Indian Civil Veterinary Department memoirs
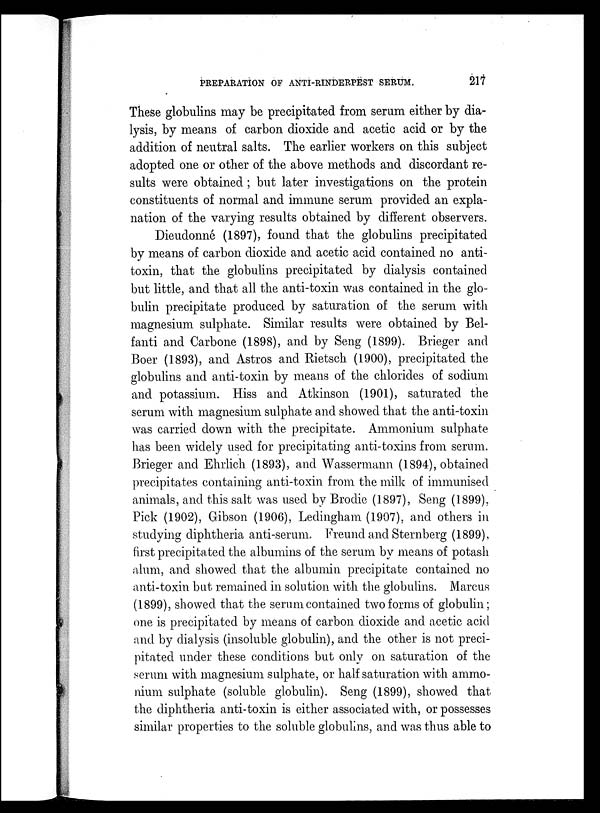
PREPARATION OF ANTI-RINDERPEST SERUM.
217
These globulins may be precipitated from serum either by dia-
lysis, by means of carbon dioxide and acetic acid or by the
addition of neutral salts. The earlier workers on this subject
adopted one or other of the above methods and discordant re-
sults were obtained; but later investigations on the protein
constituents of normal and immune serum provided an expla-
nation of the varying results obtained by different observers.
Dieudonné (1897), found that the globulins precipitated
by means of carbon dioxide and acetic acid contained no anti-
toxin, that the globulins precipitated by dialysis contained
but little, and that all the anti-toxin was contained in the glo-
bulin precipitate produced by saturation of the serum with
magnesium sulphate. Similar results were obtained by Bel-
fanti and Carbone (1898), and by Seng (1899). Brieger and
Boer (1893), and Astros and Rietsch (1900), precipitated the
globulins and anti-toxin by means of the chlorides of sodium
and potassium. Hiss and Atkinson (1901), saturated the
serum with magnesium sulphate and showed that the anti-toxin
was carried down with the precipitate. Ammonium sulphate
has been widely used for precipitating anti-toxins from serum.
Brieger and Ehrlich (1893), and Wassermann (1894), obtained
precipitates containing anti-toxin from the milk of immunised
animals, and this salt was used by Brodie (1897), Seng (1899),
Pick (1902), Gibson (1906), Ledingham (1907), and others in
studying diphtheria anti-serum Freund and Sternberg (1899),
first precipitated the albumins of the serum by means of potash
alum, and showed that the albumin precipitate contained no
anti-toxin but remained in solution with the globulins. Marcus
(1899), showed that the serum contained two forms of globulin;
one is precipitated by means of carbon dioxide and acetic acid
and by dialysis (insoluble globulin), and the other is not preci-
pitated under these conditions but only on saturation of the
serum with magnesium sulphate, or half saturation with ammo-
nium sulphate (soluble globulin). Seng (1899), showed that
the diphtheria anti-toxin is either associated with, or possesses
similar properties to the soluble globulins, and was thus able to